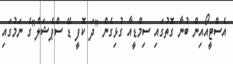
އެސްޓީއޯއިން ބުނާ ގޮތުގައި ސިމްޑީއާ ގުޅިގެން "ދަ ކޮފީ ޑޭ ސްޕެޝަލް"ގެ ނަމުގައި